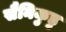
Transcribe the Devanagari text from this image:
सैनिकुडु